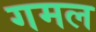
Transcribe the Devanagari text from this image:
गमल